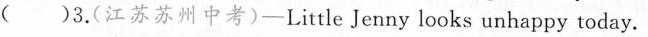
( )3.(江苏苏州中考)-Little Jenny looks unhappy today.